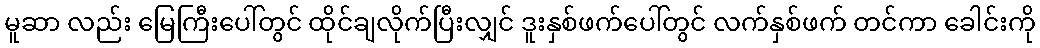
မူဆာ လည်း မြေကြီးပေါ်တွင် ထိုင်ချလိုက်ပြီးလျှင် ဒူးနှစ်ဖက်ပေါ်တွင် လက်နှစ်ဖက် တင်ကာ ခေါင်းကို